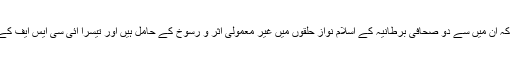
برقی خطوط میں بتایا گیا ہے کہ ان میں سے دو صحافی برطانیہ کے اسلام نواز حلقوں میں غیر معمولی اثر و رسوخ کے حامل ہیں اور تیسرا آئی سی ایس ایف کے نیٹ ورک سے جُڑا رہا ہے۔